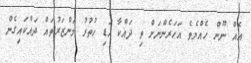
އެއް ނޫން ހެއްޔެވެ އަހަރެންނަށް ތި ދައްކާ ހަޑި ހުތުރު މަންޒަރުތައް ދައްކައިގެން